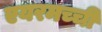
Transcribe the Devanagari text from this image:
एयरमच्ची